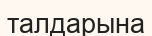
талдарына